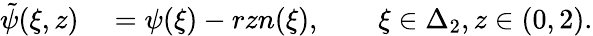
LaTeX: \begin{array}{rl}{\tilde{\psi}(\xi,z)}&{{}=\psi(\xi)-rzn(\xi),\qquad\xi\in\Delta_{2},z\in(0,2).}\end{array}